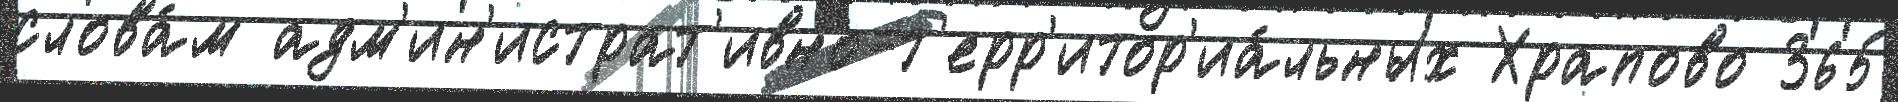
слова́м адм'ин'истрат'ивно-т'ерр'итор'иа́льных Храпово 365